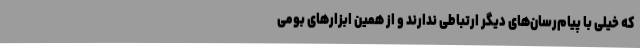
که خیلی با پیام‌رسان‌های دیگر ارتباطی ندارند و از همین ابزارهای بومی